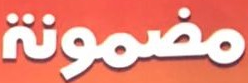
مضمونة